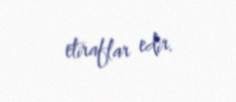
etiraflar edir.